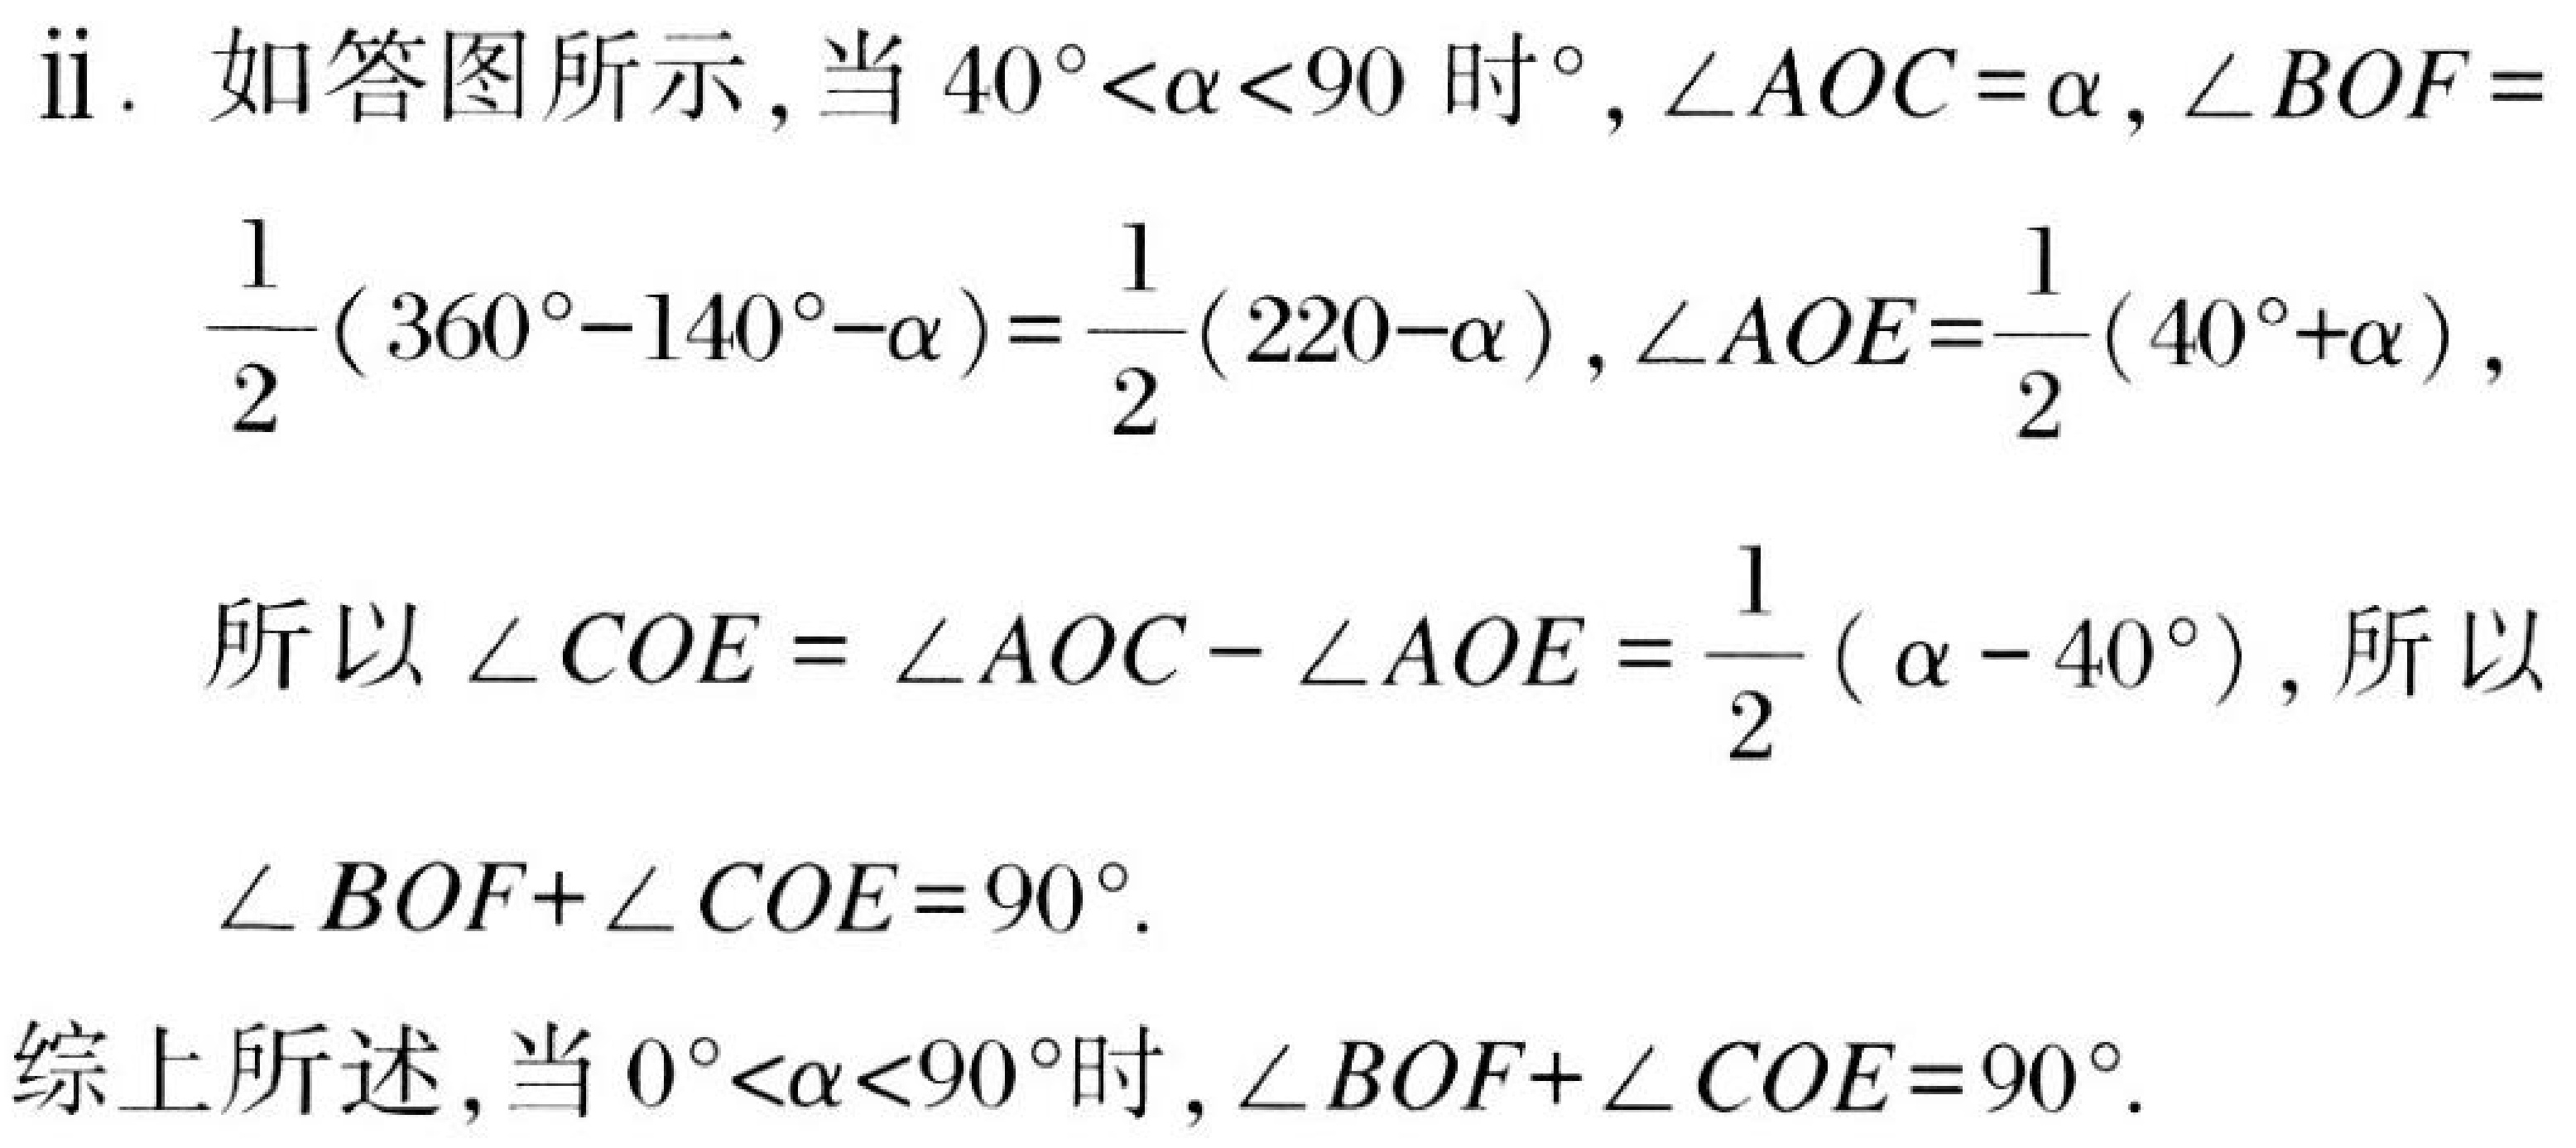
ii. 如答图所示,当$40^{\circ}<\alpha<90$时$^{\circ}$,$\angle AOC = \alpha$,$\angle BOF =$
$\dfrac{1}{2}(360^{\circ}-140^{\circ}-\alpha)=\dfrac{1}{2}(220 - \alpha)$,$\angle AOE=\dfrac{1}{2}(40^{\circ}+\alpha)$,
所以$\angle COE = \angle AOC-\angle AOE=\dfrac{1}{2}(\alpha - 40^{\circ})$,所以
$\angle BOF+\angle COE = 90^{\circ}$.
综上所述,当$0^{\circ}<\alpha<90^{\circ}$时,$\angle BOF+\angle COE = 90^{\circ}$.